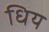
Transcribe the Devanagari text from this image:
धिय